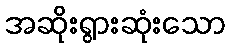
အဆိုးရွားဆုံးသော